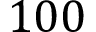
1 0 0